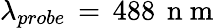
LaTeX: \lambda_{probe}\, =\, 488\, \mathrm{~n~m~}